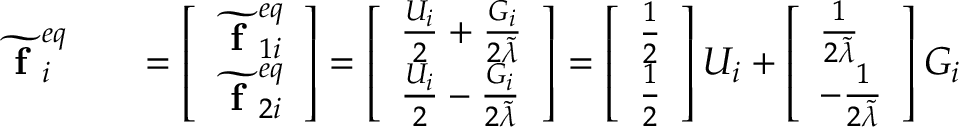
\begin{array} { r l r } { \widetilde { \textbf { f } } _ { i } ^ { e q } } & { } & { = \left[ \begin{array} { l } { \widetilde { \textbf { f } } _ { 1 i } ^ { e q } } \\ { \widetilde { \textbf { f } } _ { 2 i } ^ { e q } } \end{array} \right] = \left[ \begin{array} { l } { \frac { U _ { i } } { 2 } + \frac { G _ { i } } { 2 \widetilde { \lambda } } } \\ { \frac { U _ { i } } { 2 } - \frac { G _ { i } } { 2 \widetilde { \lambda } } } \end{array} \right] = \left[ \begin{array} { l } { \frac { 1 } { 2 } } \\ { \frac { 1 } { 2 } } \end{array} \right] U _ { i } + \left[ \begin{array} { l } { \frac { 1 } { 2 \widetilde { \lambda } } } \\ { - \frac { 1 } { 2 \widetilde { \lambda } } } \end{array} \right] G _ { i } } \end{array}